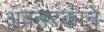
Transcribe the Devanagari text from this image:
अवतरकाने